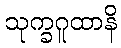
သုက္ခဂူထာနိ